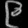
Digit: ၉